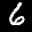
Label: 6